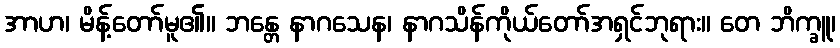
အာဟ၊ မိန့်တော်မူ၏။ ဘန္တေ နာဂသေန၊ နာဂသိန်ကိုယ်တော်အရှင်ဘုရား။ တေ ဘိက္ခူ၊